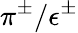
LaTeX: \pi^{\pm}/\epsilon^{\pm}